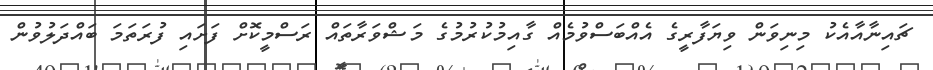
ޗައިނާއާއެކު މިނިވަން ވިޔަފާރީގެ އެއްބަސްވުމެއް ގާއިމުކުރުމުގެ މަޝްވަރާތައް ރަސްމީކޮށް ފަށައި ފުރަތަމަ ބައްދަލުވުން